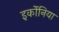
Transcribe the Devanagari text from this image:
इर्कोनिया